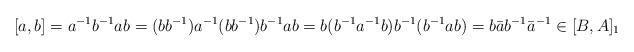
LaTeX: \begin{align*}[a, b] = a^{-1}b^{-1}ab = (bb^{-1}) a^{-1} (bb^{-1}) b^{-1}ab = b (b^{-1}a^{-1}b) b^{-1} (b^{-1}a b) = b \bar{a}b^{-1}\bar{a}^{-1} \in [B, A]_1\end{align*}